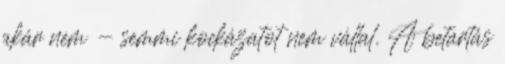
akár nem - semmi kockázatot nem vállal. A betartás